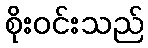
စိုးဝင်းသည်